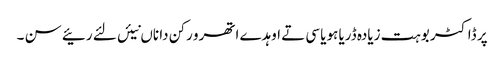
پر ڈاکٹر بوہت زیادہ ڈریا ہویا سی تے اوہدے اتھرو رکن دا ناں نیئں لئے رئیے سن ۔